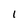
Character: I